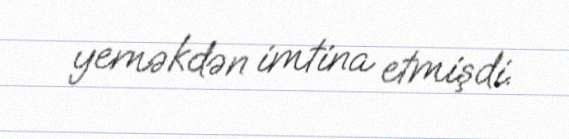
yeməkdən imtina etmişdi.